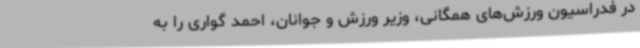
در فدراسیون ورزش‌های همگانی، وزیر ورزش و جوانان، احمد گواری را به